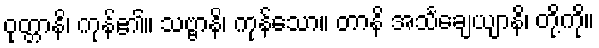
ဝုတ္တာနိ၊ ကုန်၏။ သဗ္ဗာနိ၊ ကုန်သော။ တာနိ အသင်္ချေယျာနိ၊ တို့ကို။